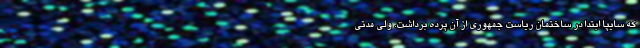
که سایپا ابتدا در ساختمان ریاست جمهوری از آن پرده برداشت. ولی مدتی